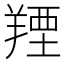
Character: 𦎣